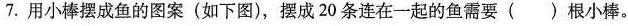
7. 用小棒摆成鱼的图案(如下图)，摆成20条连在一起的鱼需要( )根小棒。